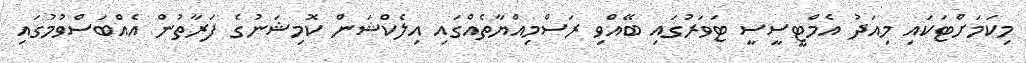
މިކަމަށްޓަކައި މިއަދު އެމްޓީސީސީ ޓަވަރުގައި ބޭއްވި ރަސްމިއްޔާތެއްގައި އިލެކްޝަން ކޮމިޝަނުގެ ފަރާތުން އެއްބަސްވުމުގައި